Lunatic asylums Bombay report 1891-1903 - 1891-1903
Year: 1891
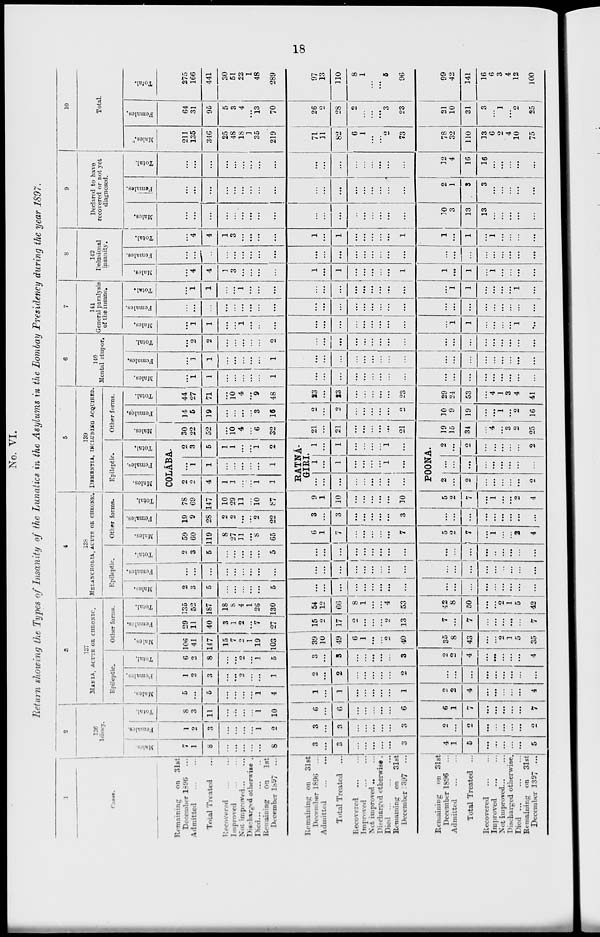
18
No. VI.
Return showing the Types of Insanity of the Lunatics in the Asylums in the Bombay Presidency during the year 1897.
1
Cases.
Remaining on 31st
December 1896 ...
Admitted ... ...
Total Treated ...
Recovered ... ...
Improved ... ...
Not improved ... ...
Discharged otherwise .
Died ... ... ...
Remaining on
1st
December 1897 ...
Remaining on 31st
December 1896 ...
Admitted ... ...
Total Treated ...
Recovered ... ...
Improved ... ...
Not improved ... ...
Discharged otherwise .
Died ... ... ...
Remaining on 31st
December 1897 ...
Remaining on 31st
December 1896 ...
Admitted ... ...
Total Treated ...
Recovered ... ...
Improved ... ...
Not improved ... ...
Discharged otherwise.
Died ... ... ...
Remaining on 31st
December 1897 ...
2
136
Idiocy.
Males.
7
1
8
...
...
...
...
...
8
3
...
3
...
...
...
...
...
3
4
1
5
...
...
...
...
...
5
Females.
1
2
3
...
...
...
...
1
2
3
...
3
...
...
...
...
...
3
2
...
2
...
...
...
...
...
2
Total.
8
3
11
...
...
...
...
1
10
6
...
6
...
...
...
...
...
6
6
1
7
...
...
...
...
...
7
3
137
MANIA, ACUTE OR CHRONIC.
Epileptic.
Males.
5
...
5
...
...
...
...
1
4
1
...
1
...
...
...
...
...
1
2
2
4
...
...
...
...
...
4
Females.
1
2
3
...
...
2
...
...
1
2
...
2
...
...
...
...
...
2
...
...
...
...
...
...
...
...
...
Total.
6
2
8
...
...
2
...
1
5
3
...
3
...
...
...
...
...
3
2
2
4
...
...
...
...
...
4
Other forms.
Males.
106
41
147
15
7
2
1
19
103
39
10
49
6
1
...
...
2
40
35
8
43
...
...
2
1
5
35
Females.
29
11
40
3
1
2
...
7
27
15
2
17
2
...
...
...
2
13
7
...
7
...
...
...
...
...
7
Total.
135
52
187
18
8
4
1
26
130
54
12
66
8
1
...
...
4
53
42
8
50
...
...
2
1
5
42
4
138
MELANCHOLIA, ACUTE OR CHRONIC.
Epileptic.
Males.
2
3
5
...
...
...
...
...
5
...
...
...
...
...
...
...
...
...
...
...
...
...
...
...
...
...
...
Females.
...
...
...
...
...
...
...
...
...
...
...
...
...
...
...
...
...
...
...
...
...
...
...
...
...
...
...
Total.
2
3
5
...
...
...
...
...
5
...
...
...
...
...
...
...
...
...
...
...
...
...
..
...
...
...
...
Other forms.
Males.
59
60
119
8
27
31
...
8
65
6
1
7
...
...
...
...
...
7
5
2
7
...
1
...
...
2
4
Females.
19
9
28
2
2
...
...
2
22
3
...
3
...
...
...
...
...
3
...
...
...
...
...
...
...
...
...
Total.
78
69
147
10
29
11
...
10
87
9
1
10
...
...
...
...
...
10
5
2
7
...
1
...
...
2
4
5
139
DEMENTIA, INCLUDING ACQUIRED.
Epileptic.
Males.
Females.
Total.
Other forms.
Males.
COLÁBA.
2
2
4
1
1
...
...
1
1
...
1
1
...
...
...
...
...
1
2
3
5
1
1
...
...
1
2
RATNÁ-
GIRI.
...
...
...
...
...
...
...
...
...
1
...
1
...
...
...
...
1
...
1
...
1
...
...
...
...
1
...
POONA.
2
...
2
...
...
...
...
...
2
...
...
...
...
...
...
...
...
...
2
...
2
...
...
...
...
...
2
30
22
52
...
10
4
...
6
32
21
...
21
...
...
...
...
...
21
19
15
34
...
4
...
3
2
25
Females.
14
5
19
...
...
...
...
3
16
2
...
2
...
...
...
...
...
2
10
9
19
...
...
1
...
2
16
Total.
44
27
71
...
10
4
...
9
48
23
...
23
...
...
...
...
...
23
29
24
53
...
4
1
3
4
41
6
140
Mental stupor.
Males.
...
1
1
...
...
...
...
...
1
...
...
...
...
...
...
...
...
...
...
...
...
...
...
...
...
...
...
Females.
...
1
1
...
...
...
...
...
1
...
...
...
...
...
...
...
...
...
...
...
...
...
...
...
...
...
...
Total.
...
2
2
...
...
...
...
...
2
...
...
...
...
...
...
...
...
...
...
...
...
...
...
...
...
...
...
7
141
General paralysis
of the insane.
Males.
...
1
1
...
...
1
...
...
...
...
...
...
...
...
...
...
...
...
...
1
1
...
...
...
...
1
...
Females.
...
...
...
...
...
...
...
...
...
...
...
...
...
...
...
...
...
...
...
...
...
...
...
...
...
...
...
Total.
...
1
1
...
...
1
...
...
...
...
...
...
...
...
...
...
...
...
...
1
1
...
...
...
...
1
...
8
142
Delusional
insanity.
Males.
...
4
4
1
3
...
...
...
...
1
...
1
...
...
...
...
...
1
1
...
1
...
1
...
...
...
...
Females.
...
...
...
...
...
...
...
...
...
...
...
...
...
...
...
...
...
...
...
...
...
...
...
...
...
...
...
Total.
...
4
4
1
3
...
...
...
...
1
...
1
...
...
...
...
...
1
1
...
1
...
1
...
...
...
...
9
Declared to have
recovered or not yet
diagnosed.
Males.
...
...
...
...
...
...
...
...
...
...
...
...
...
...
...
...
...
...
30
3
13
13
...
...
...
...
...
Females.
...
...
...
...
...
...
...
...
...
...
...
...
...
...
...
...
...
...
2
1
3
3
...
...
...
...
...
Total.
...
...
...
...
...
...
...
...
...
...
...
...
...
...
...
...
...
...
32
4
16
16
...
...
...
...
...
10
Total.
Males.
211
135
346
25
48
18
1
35
219
71
11
82
6
1
...
...
2
73
78
32
110
13
6
2
4
10
75
Females.
64
31
95
5
3
4
...
13
70
26
2
28
2
...
...
...
3
23
21
10
31
3
...
1
...
2
25
Total.
275
166
441
30
51
22
1
48
289
97
13
110
8
1
...
...
5
96
99
42
141
16
6
3
4
12
100